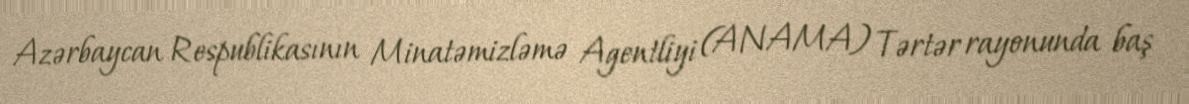
Azərbaycan Respublikasının Minatəmizləmə Agentliyi (ANAMA) Tərtər rayonunda baş